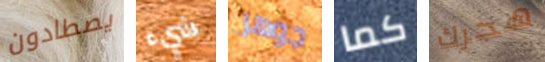
يصطادون شيء جوهر كما هجرك